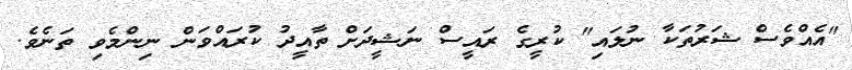
"އެއްވެސް ޝަރުތަކާ ނުލައި" ކުރީގެ ރައީސް ނަޝީދަށް ތާއީދު ކުރައްވަން ނިންމެވި ތަނެވެ.